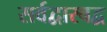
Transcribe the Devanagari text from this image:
सर्वद्वारबद्व